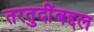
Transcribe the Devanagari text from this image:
तरतुदींबद्दल